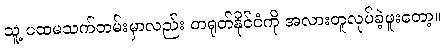
သူ့ ပထမသက်တမ်းမှာလည်း တရုတ်နိုင်ငံကို အလားတူလုပ်ခဲ့ဖူးတော့။